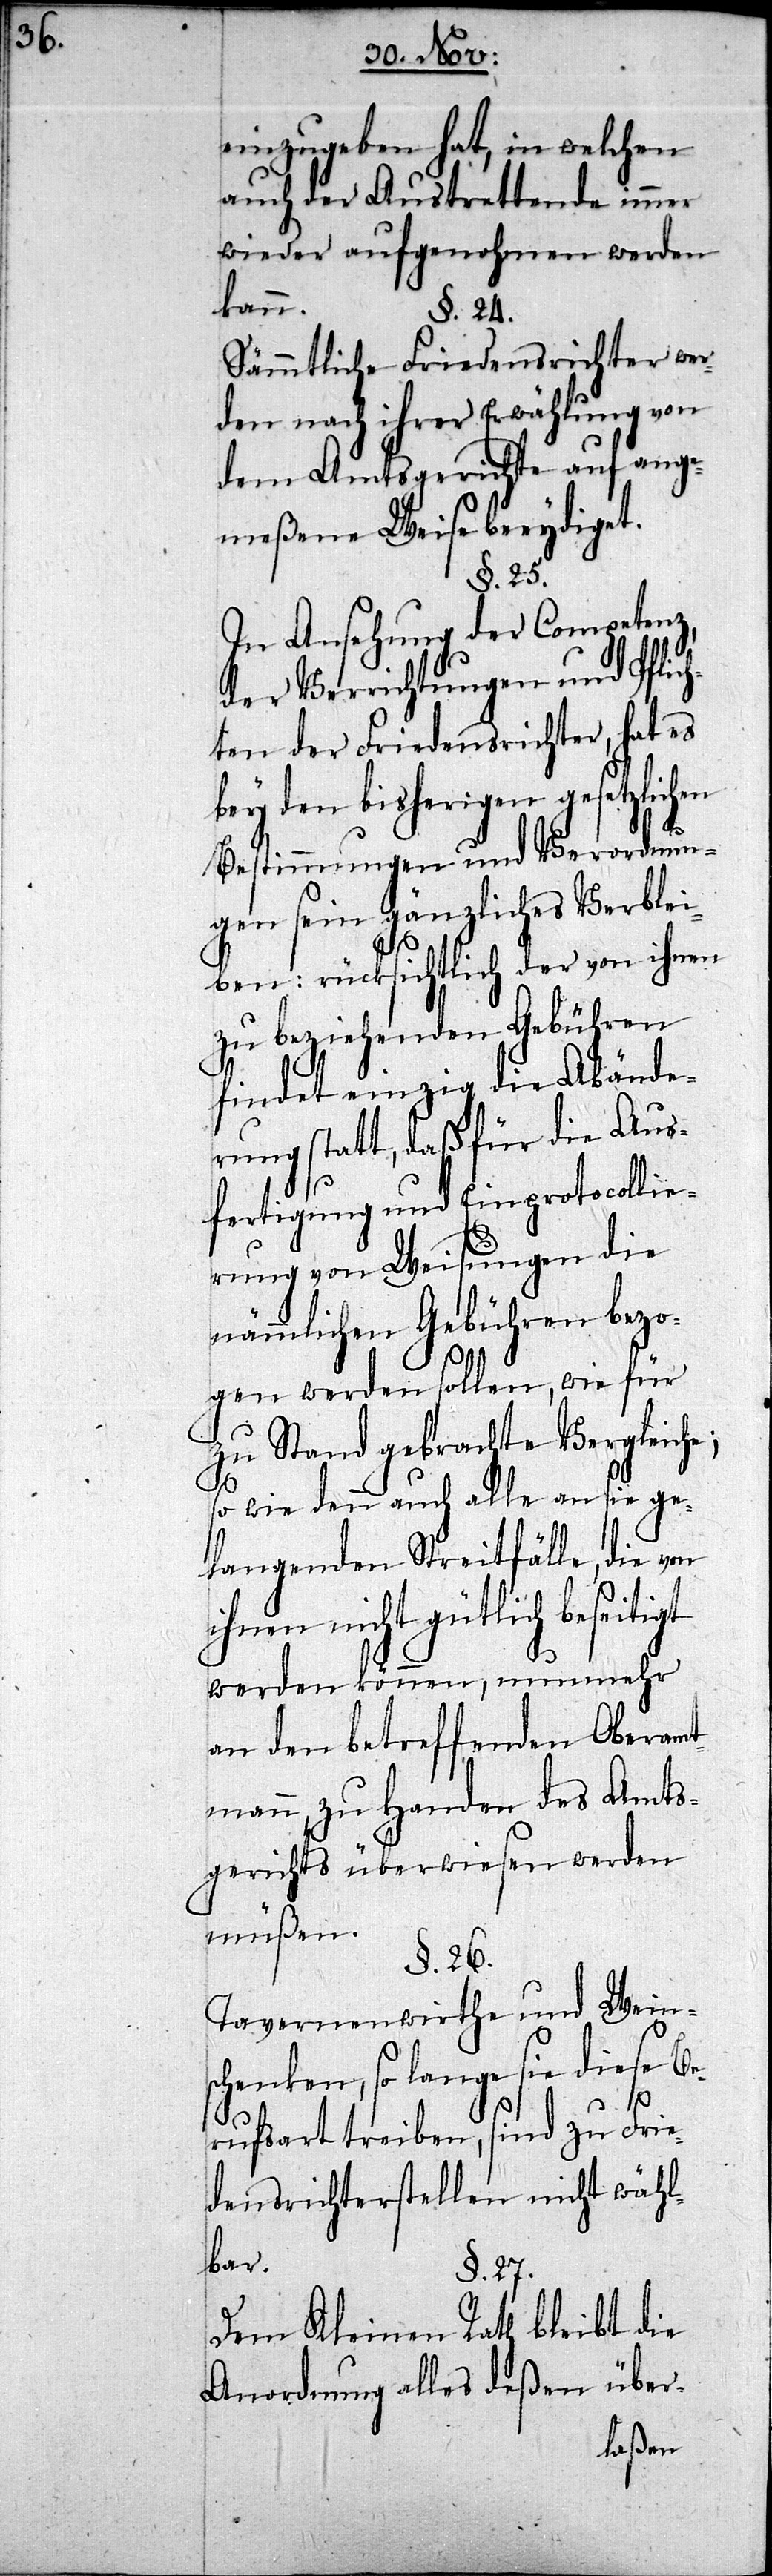
einzugeben hat, in welchen
auch der Austrettende immer
wieder aufgenohmen werden
kann.
§. 24.
Sämmtliche Friedensrichter wer¬
den nach ihrer Erwählung von
dem Amtsgerichte auf ange¬
meßene Weise beeydiget.
§. 25.
In Ansehung der Competenz
der Verrichtungen und Pflich¬
ten der Friedensrichter, hat es
bey den bisherigen gesetzlichen
Bestimmungen und Verordnun¬
gen sein gänzliches Verblei¬
ben; rücksichtlich der von ihnen
zu beziehenden Gebühren
findet einzig die Abände¬
rung statt, daß für die Aus¬
fertigung und Einprotocollie¬
rung von Weisungen die
nämmlichen Gebühren bezo¬
gen werden sollen, wie für
zu Stand gebrachte Vergleiche;
so wie denn auch alle an sie ge¬
langenden Streitfälle, die von
ihnen nicht gütlich beseitig¬
et werden können, nunmehr
an den betreffenden Oberamt¬
mann zu Handen des Amts¬
gerichts überwiesen werden
müßen.
§. 26.
Tavernenwirthe und Weins¬
chenken, so lange sie diese Be¬
rufsart treiben, sind zu Frie¬
densrichterstellen nicht wähl¬
bar.
§. 27.
Dem Kleinen Rath bleibt die
Anordnung alles deßen über-